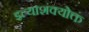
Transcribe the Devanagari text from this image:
इत्याशंक्योक्तं